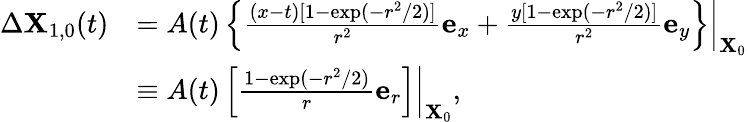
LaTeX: \begin{array}{rl}{\Delta\mathbf{X}_{1,0}(t)}&{=\left.A(t)\left\{ \frac{(x-t)[1-\exp(-r^{2}/2)]}{r^{2}}\mathbf{e}_{x}+\frac{y[1-\exp(-r^{2}/2)]}{r^{2}}\mathbf{e}_{y}\right\} \right\vert_{\mathbf{X}_{0}}}\\ &{\equiv\left.A(t)\left[\frac{1-\exp(-r^{2}/2)}{r}\mathbf{e}_{r}\right]\right\vert_{\mathbf{X}_{0}},}\end{array}